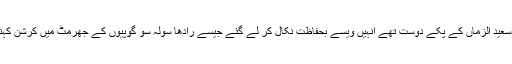
فخر الدین جی ابراہیم ان کے وکیل جو جسٹس ظلہ اور سعید الزماں کے پکے دوست تھے انہیں ویسے بحفاظت نکال کر لے گئے جیسے رادھا سولہ سو گوپیوں کے جھرمٹ میں کرشن کہنیا کو اپنی تسکین روح و جاں کے لیے لے جاتی تھیں۔